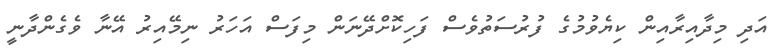
އަދި މިދާއިރާއިން ކިޔެވުމުގެ ފުރުސަތުވެސް ފަހިކޮށްދޭނަން މިފަސް އަހަރު ނިމޭއިރު އޭނާ ވެގެންދާނީ